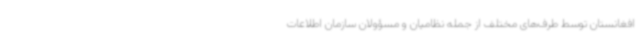
افغانستان توسط طرف‌های مختلف از جمله نظامیان و مسؤولان سازمان اطلاعات